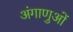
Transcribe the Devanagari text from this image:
अंगाणुओं